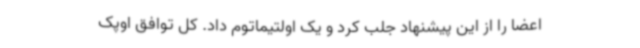
اعضا را از این پیشنهاد جلب کرد و یک اولتیماتوم داد. کل توافق اوپک